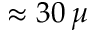
\approx 3 0 \, \mu